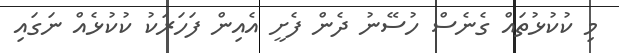
މި ކުކުޅުތައް ގެނެސް ހުސޭނު ދެން ފެށީ އެއިން ފަހަރަކު ކުކުޅެއް ނަގައި